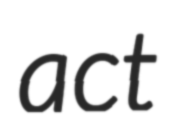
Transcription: act